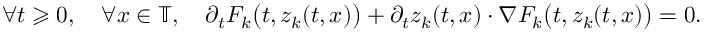
\forall t \geqslant 0 , \quad \forall x \in \mathbb { T } , \quad \partial _ { t } F _ { k } \big ( t , z _ { k } ( t , x ) \big ) + \partial _ { t } z _ { k } ( t , x ) \cdot \nabla F _ { k } \big ( t , z _ { k } ( t , x ) \big ) = 0 .